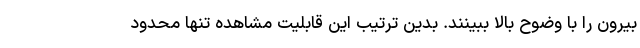
بیرون را با وضوح بالا ببینند. بدین ترتیب این قابلیت مشاهده تنها محدود